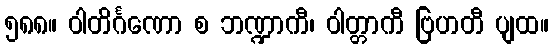
၅၈၈။ ဝါတိင်္ဂဏော စ ဘဏ္ဍာကီ၊ ဝါတ္တာကီ ဗြဟတီ ပျထ။